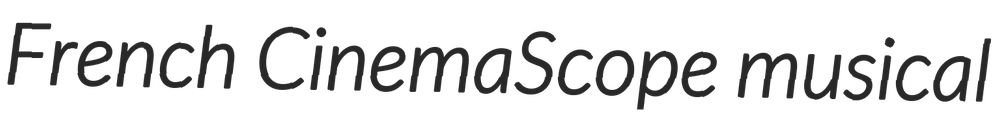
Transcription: French CinemaScope musical